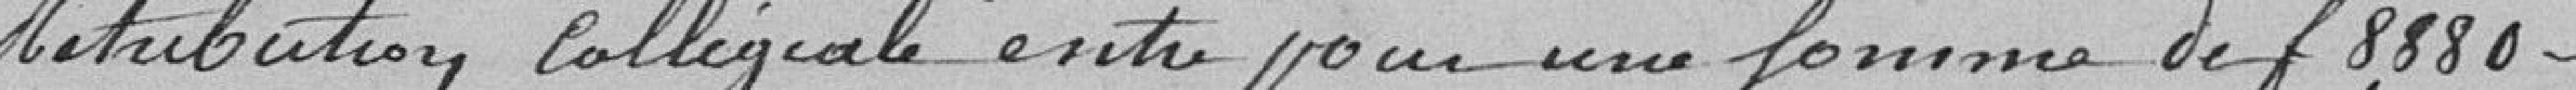
Rétribution collégiale entre pour une somme de francs 8 880